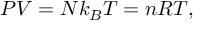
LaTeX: P V = N k _ { B } T = n R T ,